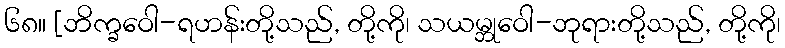
၆၈။ [ဘိက္ခဝေါ-ရဟန်းတို့သည်, တို့ကို၊ သယမ္ဘုဝေါ-ဘုရားတို့သည်, တို့ကို၊